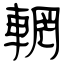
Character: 輞